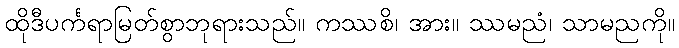
ထိုဒီပင်္ကရာမြတ်စွာဘုရားသည်။ ကဿစိ၊ အား။ ဿမညံ၊ သာမညကို။